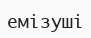
емізуші